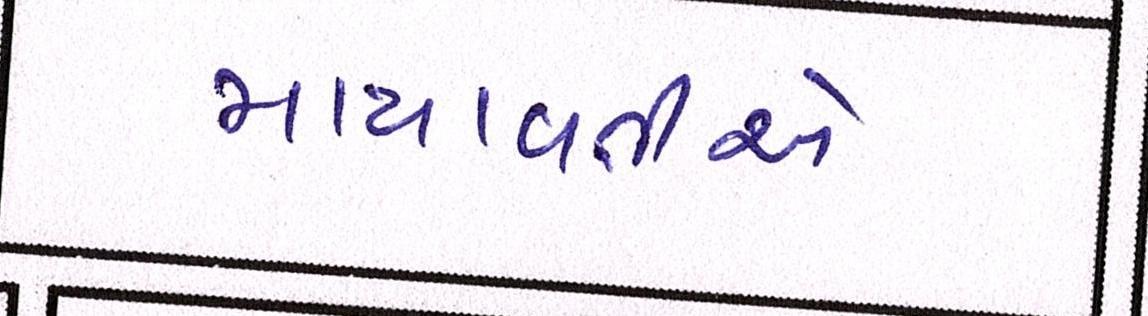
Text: માયાવતીએ